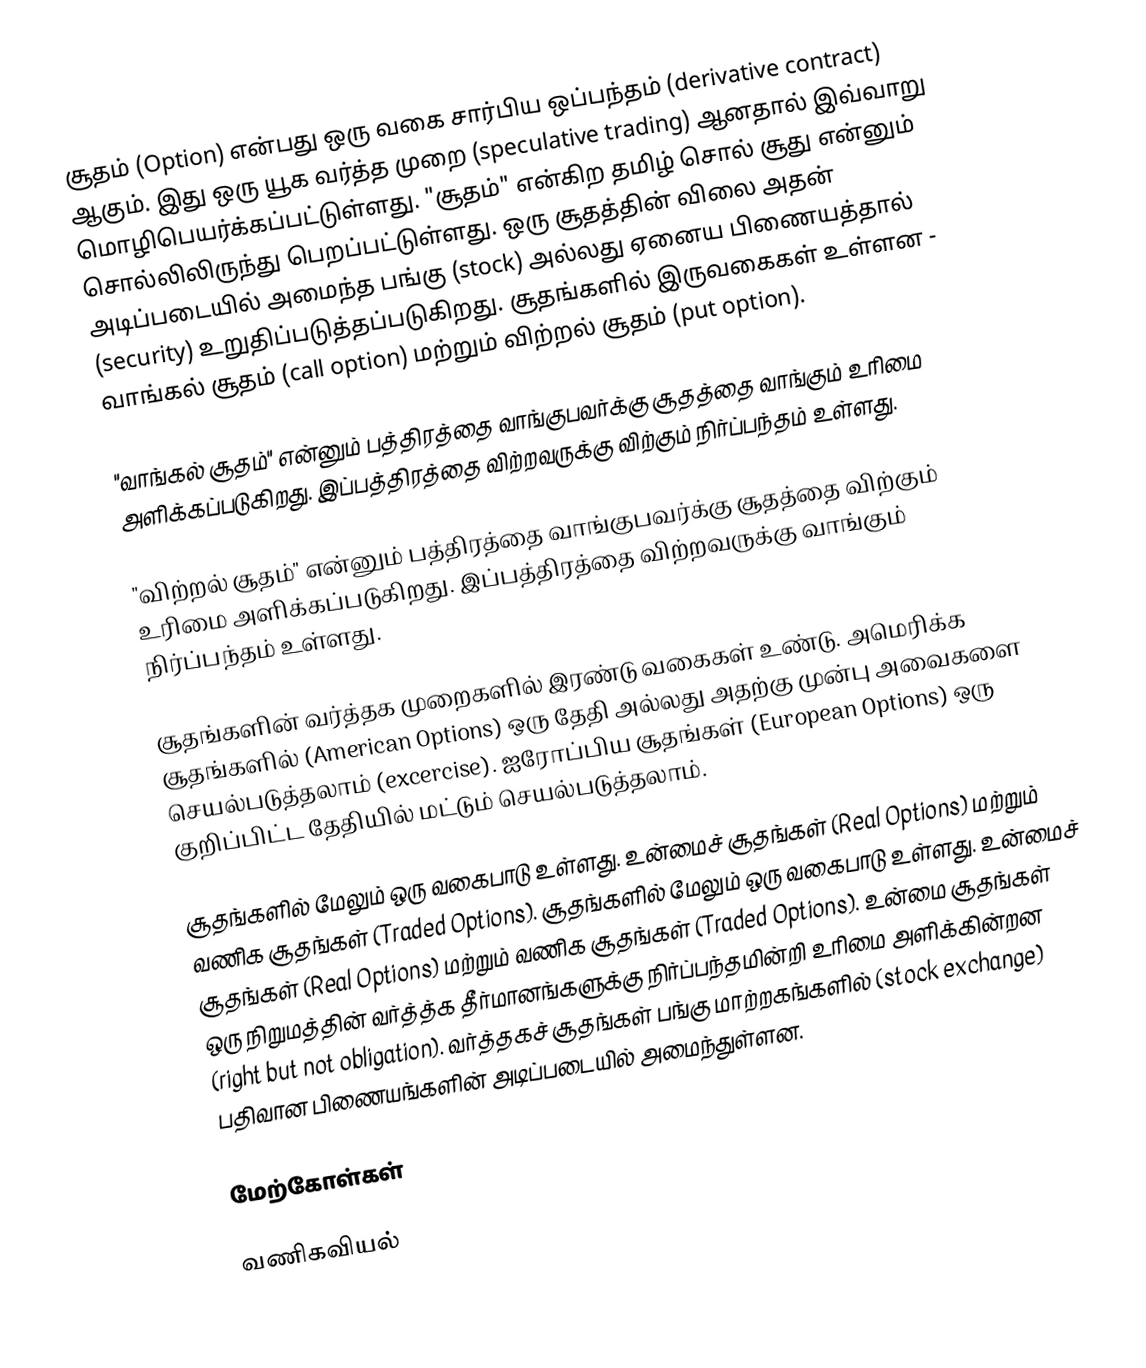
சூதம் (Option) என்பது ஒரு வகை சார்பிய ஒப்பந்தம் (derivative contract) ஆகும். இது ஒரு யூக வர்த்த முறை (speculative trading) ஆனதால் இவ்வாறு மொழிபெயர்க்கப்பட்டுள்ளது. "சூதம்" என்கிற தமிழ் சொல் சூது என்னும் சொல்லிலிருந்து பெறப்பட்டுள்ளது. ஒரு சூதத்தின் விலை அதன் அடிப்படையில் அமைந்த பங்கு (stock) அல்லது ஏனைய பிணையத்தால் (security) உறுதிப்படுத்தப்படுகிறது. சூதங்களில் இருவகைகள் உள்ளன - வாங்கல் சூதம் (call option) மற்றும் விற்றல் சூதம் (put option).

"வாங்கல் சூதம்" என்னும் பத்திரத்தை வாங்குபவர்க்கு சூதத்தை வாங்கும் உரிமை அளிக்கப்படுகிறது. இப்பத்திரத்தை விற்றவருக்கு விற்கும் நிர்ப்பந்தம் உள்ளது.

"விற்றல் சூதம்" என்னும் பத்திரத்தை வாங்குபவர்க்கு சூதத்தை விற்கும் உரிமை அளிக்கப்படுகிறது. இப்பத்திரத்தை விற்றவருக்கு வாங்கும் நிர்ப்பந்தம் உள்ளது.

சூதங்களின் வர்த்தக முறைகளில் இரண்டு வகைகள் உண்டு. அமெரிக்க சூதங்களில் (American Options) ஒரு தேதி அல்லது அதற்கு முன்பு அவைகளை செயல்படுத்தலாம் (excercise). ஐரோப்பிய சூதங்கள் (European Options) ஒரு குறிப்பிட்ட தேதியில் மட்டும் செயல்படுத்தலாம்.

சூதங்களில் மேலும் ஒரு வகைபாடு உள்ளது. உன்மைச் சூதங்கள் (Real Options) மற்றும் வணிக சூதங்கள் (Traded Options). சூதங்களில் மேலும் ஒரு வகைபாடு உள்ளது. உன்மைச் சூதங்கள் (Real Options) மற்றும் வணிக சூதங்கள் (Traded Options). உன்மை சூதங்கள் ஒரு நிறுமத்தின் வர்த்த்க தீர்மானங்களுக்கு நிர்ப்பந்தமின்றி உரிமை அளிக்கின்றன (right but not obligation). வர்த்தகச் சூதங்கள் பங்கு மாற்றகங்களில் (stock exchange) பதிவான பிணையங்களின் அடிப்படையில் அமைந்துள்ளன.

மேற்கோள்கள்

வணிகவியல்